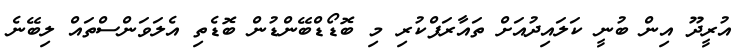
އުރީދޫ އިން ބުނީ ކަލައިދުއަށް ތައާރަފްކުރި މި ބޮޑޯޑްބޭންޑުން ބޮޑެތި އެލަވަންސްތައް ލިބޭނެ